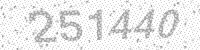
Solution: 251440